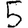
Digit: 5